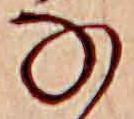
な